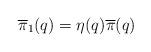
LaTeX: \begin{align*}\overline{\pi}_1(q) = \eta(q) \overline{\pi}(q) \end{align*}